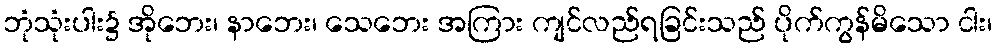
ဘုံသုံးပါး၌ အိုဘေး၊ နာဘေး၊ သေဘေး အကြား ကျင်လည်ရခြင်းသည် ပိုက်ကွန်မိသော ငါး၊